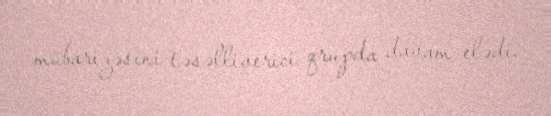
mübarizəsini təsəlliverici qrupda davam elədi.